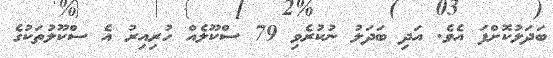
ބަދަލުކޮށްފަ އެވެ. އަދި ބަދަލު ނުކުރެވި 79 ސްކޫލެއް ހުރިއިރު އެ ސްކޫލުތަކުގެ